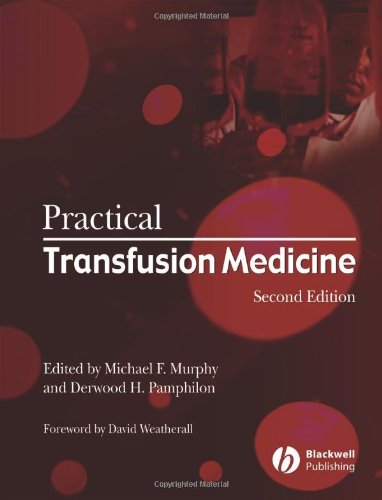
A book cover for Practical Transfusion Medicine (Murphy, Practical Transfusion Medicine); Medical Books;